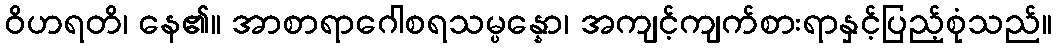
ဝိဟရတိ၊ နေ၏။ အာစာရာဂေါစရသမ္ပန္နော၊ အကျင့်ကျက်စားရာနှင့်ပြည့်စုံသည်။